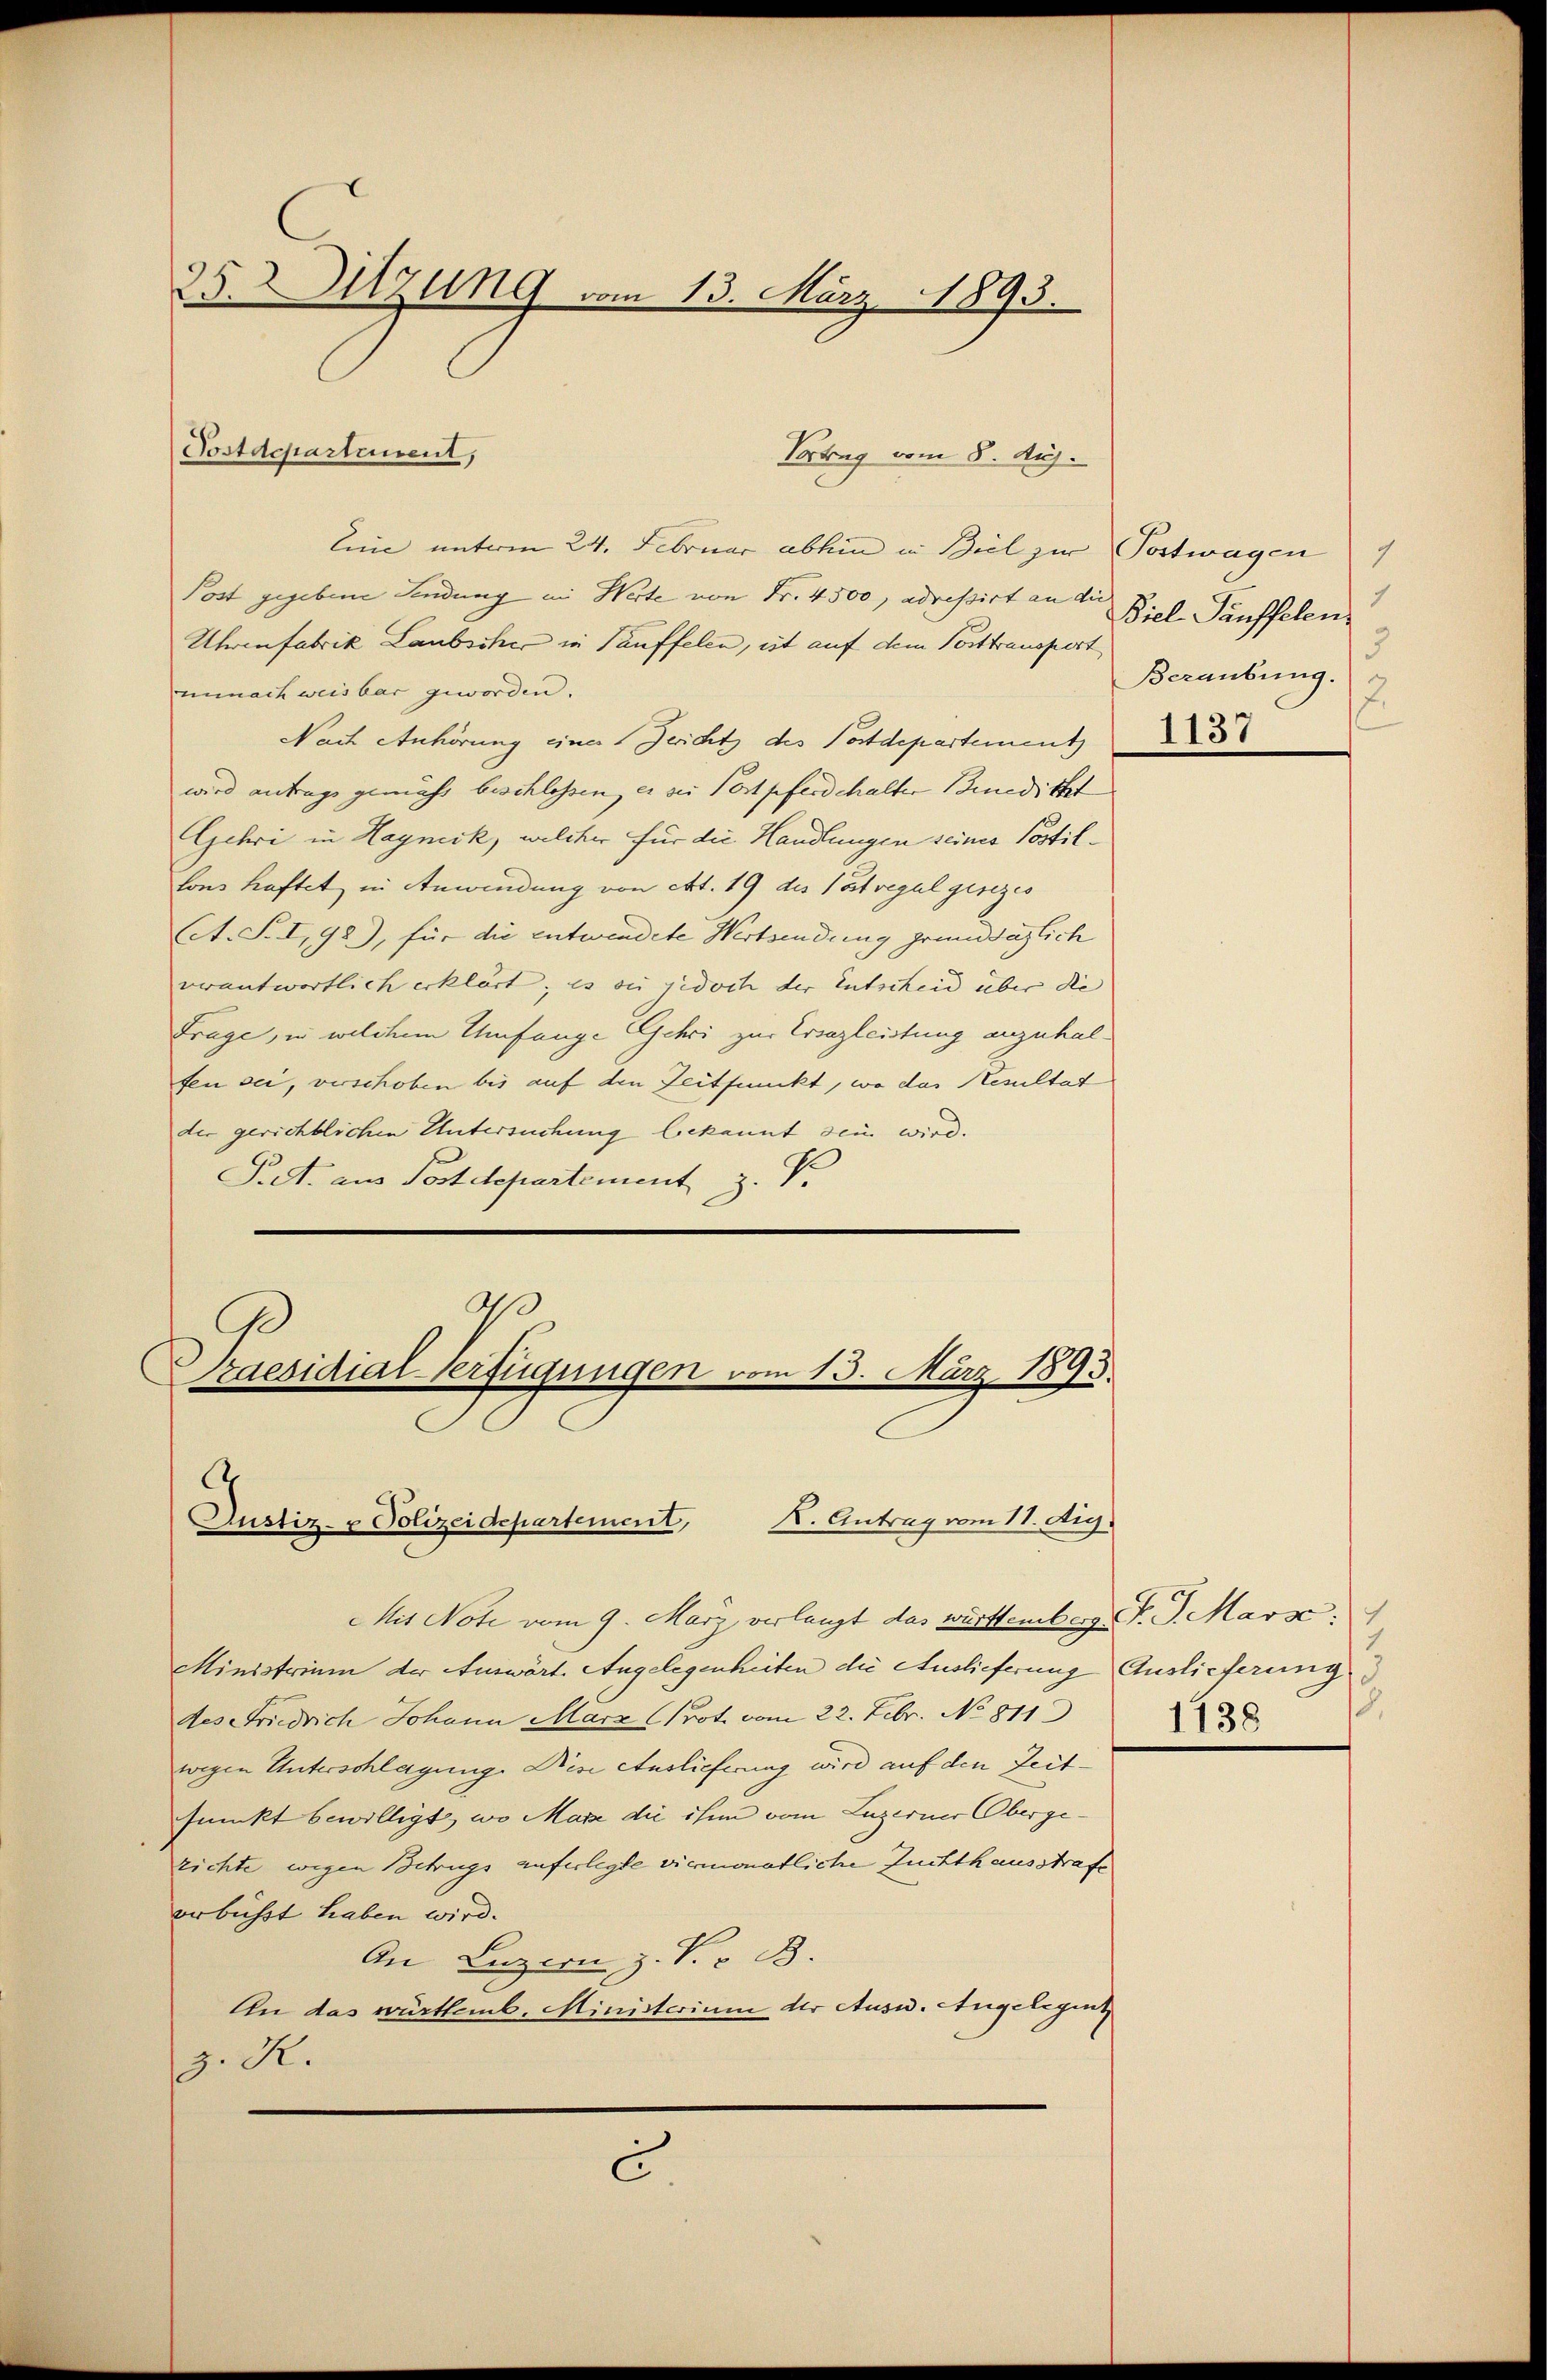
25. Sitzung vom 13. März 1893.

linie unterm 24. Februar abhin in Biel zur Postwagen
Post gegebene Sendung in Werte von Fr. 4500, adressirt an die
Uhrenfabrik Laubscher in Täuffelen, ist auf dem Posttransport
unnach weisbar geworden.
Nach Anhörung einer Gericht des Postdepartement
wird antrage gemäss beschlossen, es zu Postpferdehalter Benedicht
Gehri in Haymik, welcher für die Handlungen seines Postillons haftet in Anwendung von Art. 19 des Vortregal gesezes
(A. S. I, 98), für die entwendete Wertsendung grund täglich
verantwortlich erklärt; es sie jedoch der Entscheid über die |
Frage, in welchem Umfange Gehri zur Ersazleistung anzuhalfen sei, verschoben bis auf den Zeitfunkt, wo das Resultat
der gerichtlichen Untersuchung bekannt sein wird.
Pret. aus Postdepartement z. V.
2
ß

Postdepartement,

Vortrag vom 8. Aug.

Praesidial-Verfügungen vom 15. März 1893.
.
X. Antrag vom 11. Aug.
Justiz- & Polizeidepartement,

Mit Note vom 9. März verlangt das württemberg P. J. Marse
Ministerium der Auswärt. Angelegenheiten die Auslieferung Auslieferung
des Friedrich Johann Marz (Prot. vom 22. Febr. No 811
wegen Unterschlagung. Diese Auslieferung wird auf den Zeitfunkt bewilligt, wo Maze die ihm vom Luzerner Obergezichte wegen Betrugs auferlegte viermonatliche Zuchthausstrafe
orbüsst haben wird.
An Luzern z. P. v. B.
An das württemb. Ministerium der Ausw. Angelegent
. R.
c

1
1
Viel Fünffelen
3
Beraubung.
2.
1137

8.
1738